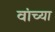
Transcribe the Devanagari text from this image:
वांच्या